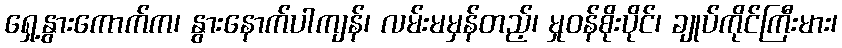
ရှေ့နွားကောက်က၊ နွားနောက်ပါကျန်၊ လမ်းမမှန်တည့်၊ မှုဝန်စိုးပိုင်၊ ချုပ်ကိုင်ကြီးမား၊